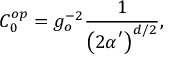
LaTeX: C _ { 0 } ^ { o p } = g _ { o } ^ { - 2 } \frac { 1 } { \left( 2 \alpha ^ { ^ { \prime } } \right) ^ { d / 2 } } ,